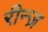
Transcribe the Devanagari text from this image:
रीन्ज़